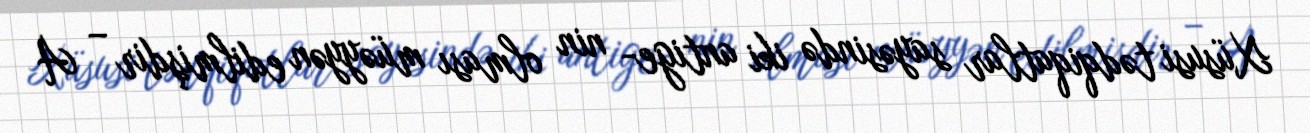
Xüsusi tədqiqatlar sayəsində iki antige- nin olması müəyyən edilmişdir – A